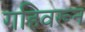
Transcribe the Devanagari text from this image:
गहिवरून